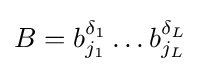
B=b_{j_{1}}^{\delta _{1}}\ldots b_{j_{L}}^{\delta _{L}}